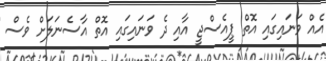
އެއް ވަނައިގައި އޮތް ޕީއެސްޖީ އާއި ދެ ވަނައިގައި އޮތް އާސެނަލަށް ވެސް